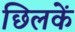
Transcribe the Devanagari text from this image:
छिलकें